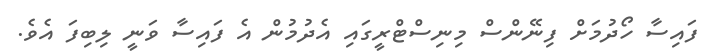
ފައިސާ ހޯދުމަށް ފިނޭންސް މިނިސްޓްރީގައި އެދުމުން އެ ފައިސާ ވަނީ ލިބިފަ އެވެ.